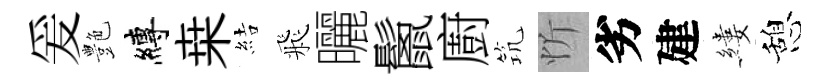
爰艶縛桒結飛曬鬛廚𥬑忻劣建縷憩